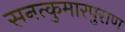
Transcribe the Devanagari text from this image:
सनत्कुमारपुराण